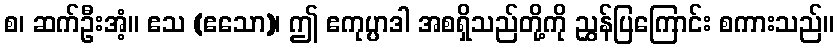
စ၊ ဆက်ဦးအံ့။ ဧသ (ဧသော)၊ ဤ ဧကုပ္ပာဒါ အစရှိသည်တို့ကို ညွှန်ပြကြောင်း စကားသည်။